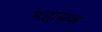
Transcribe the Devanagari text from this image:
महाबक